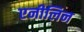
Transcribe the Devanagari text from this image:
एनीलिन